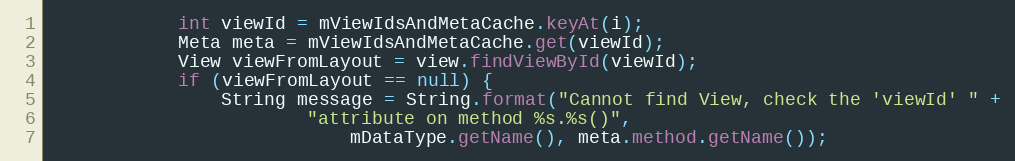
Language: Java
            int viewId = mViewIdsAndMetaCache.keyAt(i);
            Meta meta = mViewIdsAndMetaCache.get(viewId);
            View viewFromLayout = view.findViewById(viewId);
            if (viewFromLayout == null) {
                String message = String.format("Cannot find View, check the 'viewId' " +
                        "attribute on method %s.%s()",
                            mDataType.getName(), meta.method.getName());